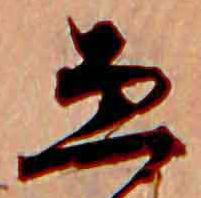
ゑ